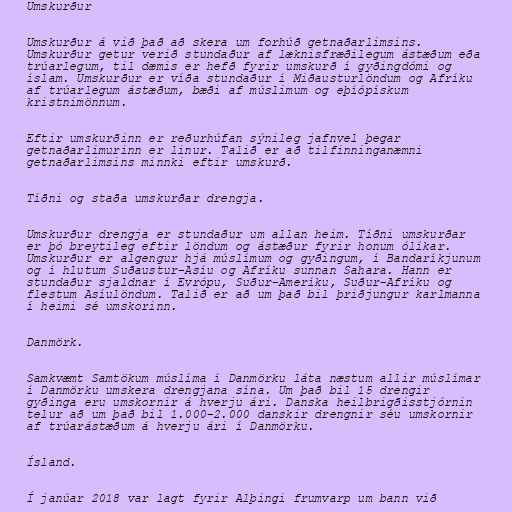
Umskurður

Umskurður á við það að skera um forhúð getnaðarlimsins.
Umskurður getur verið stundaður af læknisfræðilegum ástæðum eða
trúarlegum, til dæmis er hefð fyrir umskurð í gyðingdómi og
íslam. Umskurður er víða stundaður í Miðausturlöndum og Afríku
af trúarlegum ástæðum, bæði af múslimum og eþíópískum
kristnimönnum.

Eftir umskurðinn er reðurhúfan sýnileg jafnvel þegar
getnaðarlimurinn er linur. Talið er að tilfinninganæmni
getnaðarlimsins minnki eftir umskurð.

Tíðni og staða umskurðar drengja.

Umskurður drengja er stundaður um allan heim. Tíðni umskurðar
er þó breytileg eftir löndum og ástæður fyrir honum ólíkar.
Umskurður er algengur hjá múslímum og gyðingum, í Bandaríkjunum
og í hlutum Suðaustur-Asíu og Afríku sunnan Sahara. Hann er
stundaður sjaldnar í Evrópu, Suður-Ameríku, Suður-Afríku og
flestum Asíulöndum. Talið er að um það bil þriðjungur karlmanna
í heimi sé umskorinn.

Danmörk.

Samkvæmt Samtökum múslíma í Danmörku láta næstum allir múslímar
í Danmörku umskera drengjana sína. Um það bil 15 drengir
gyðinga eru umskornir á hverju ári. Danska heilbrigðisstjórnin
telur að um það bil 1.000–2.000 danskir drengnir séu umskornir
af trúarástæðum á hverju ári í Danmörku.

Ísland.

Í janúar 2018 var lagt fyrir Alþingi frumvarp um bann við